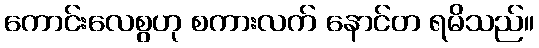
ကောင်းလေစွဟု စကားလက် နောင်တ ရမိသည်။